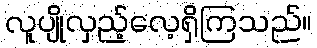
လူပျိုလှည့်လေ့ရှိကြသည်။